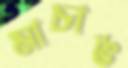
মাচাঙ